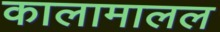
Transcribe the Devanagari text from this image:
कालामालल